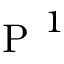
\mathrm { ~ P ~ } ^ { 1 }